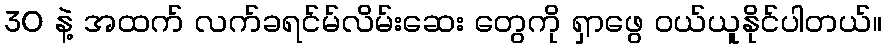
30 နဲ့ အထက် လက်ခရင်မ်လိမ်းဆေး တွေကို ရှာဖွေ ဝယ်ယူနိုင်ပါတယ်။